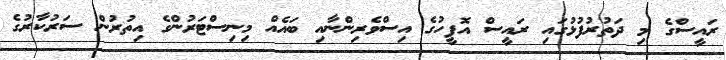
ރައީސްގެ މި ދަތުރުފުޅުގައި ރައީސް އޮފީހުގެ އިސްވެރިންނާއި ބައެއް މިނިސްޓަރުންގެ އިތުުރުން ސަރުކާރުގެ